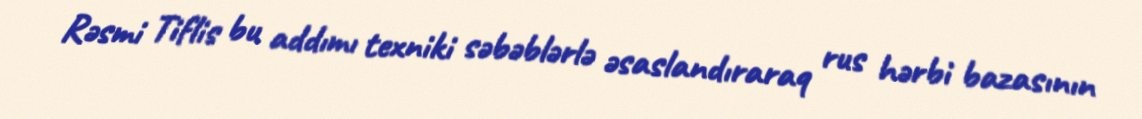
Rəsmi Tiflis bu addımı texniki səbəblərlə əsaslandıraraq rus hərbi bazasının